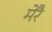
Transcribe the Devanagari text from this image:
मेरै